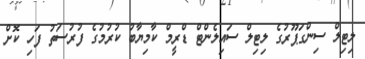
ލިޓިލް ސިންގަޕޫރުގެ ލިޓިލް ސައިލެންްޓް ޑްރީމް ކާމިޔާބު ކުރުމުގެ ފުރުސަތު ފަހި ކޮށް